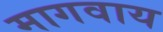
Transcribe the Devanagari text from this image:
मागवाय